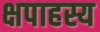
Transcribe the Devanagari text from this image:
क्षपाहस्य